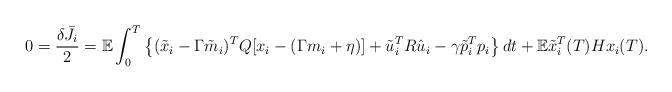
LaTeX: \begin{align*}0=\frac{\delta \bar J_i}{2}= {\mathbb E}\int_0^T\left\{(\tilde x_i-\Gamma \tilde m_i)^TQ[ x_i-(\Gamma m_i +\eta)]+ \tilde u_i^T R \hat u_i -\gamma \tilde p_i^T p_i\right\}dt +{\mathbb E} \tilde x_i^T(T) H x_i(T). \end{align*}